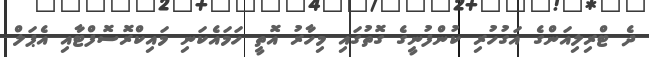
ދެ ޓްރިލިއަންގެ އަގުހުރި ކުންފުނީގެ ގޮތުގައި މިހާރު އޮތީ ހަމައެކަނި މައިކްރޮސޮފްޓާއި އެޕަލް